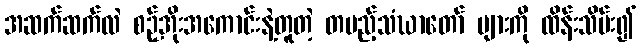
အဆက်ဆက်လဲ စဉ့်အိုးအကောင်းနဲ့တူတဲ့ တပည့်သံဃာတော် များကို ထိန်းသိမ်း၍